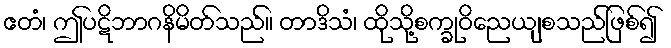
ဧတံ၊ ဤပဋိဘာဂနိမိတ်သည်။ တာဒိသံ၊ ထိုသို့စက္ခုဝိညေယျစသည်ဖြစ်၍